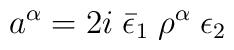
a^{\alpha}=2i\;\bar \epsilon_1\; \rho^{\alpha}\; \epsilon_2